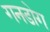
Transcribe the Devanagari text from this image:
गनडोग